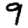
Digit: 9